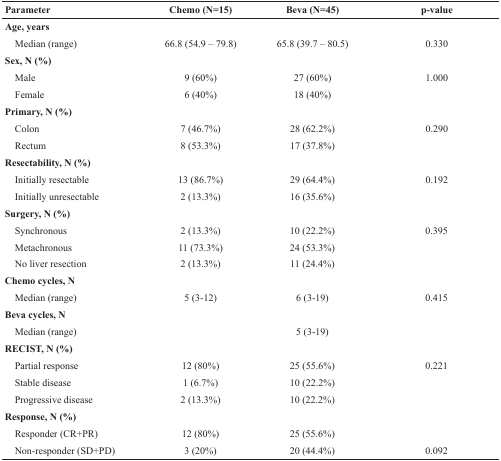
| Parameter | Chemo (N=15) | Beva (N=45) | p-value |
 | --- | --- | --- | --- |
 | Age, years |  |  |  |
 | Median (range) | 66.8 (54.9 – 79.8) | 65.8 (39.7 – 80.5) | 0.330 |
 | Sex, N (%) |  |  |  |
 | Male | 9 (60%) | 27 (60%) | 1.000 |
 | Female | 6 (40%) | 18 (40%) |  |
 | Primary, N (%) |  |  |  |
 | Colon | 7 (46.7%) | 28 (62.2%) | 0.290 |
 | Rectum | 8 (53.3%) | 17 (37.8%) |  |
 | Resectability, N (%) |  |  |  |
 | Initially resectable | 13 (86.7%) | 29 (64.4%) | 0.192 |
 | Initially unresectable | 2 (13.3%) | 16 (35.6%) |  |
 | Surgery, N (%) |  |  |  |
 | Synchronous | 2 (13.3%) | 10 (22.2%) | 0.395 |
 | Metachronous | 11 (73.3%) | 24 (53.3%) |  |
 | No liver resection | 2 (13.3%) | 11 (24.4%) |  |
 | Chemo cycles, N |  |  |  |
 | Median (range) | 5 (3-12) | 6 (3-19) | 0.415 |
 | Beva cycles, N |  |  |  |
 | Median (range) |  | 5 (3-19) |  |
 | RECIST, N (%) |  |  |  |
 | Partial response | 12 (80%) | 25 (55.6%) | 0.221 |
 | Stable disease | 1 (6.7%) | 10 (22.2%) |  |
 | Progressive disease | 2 (13.3%) | 10 (22.2%) |  |
 | Response, N (%) |  |  |  |
 | Responder (CR+PR) | 12 (80%) | 25 (55.6%) |  |
 | Non-responder (SD+PD) | 3 (20%) | 20 (44.4%) | 0.092 |